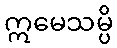
ဣမေသမ္ပိ